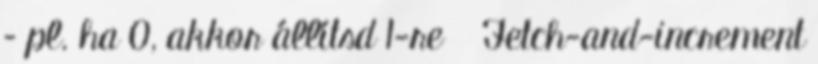
– pl. ha 0, akkor állítsd 1-re ● Fetch-and-increment